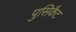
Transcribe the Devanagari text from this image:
पुसिकैट